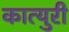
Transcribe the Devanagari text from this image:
कात्‍युरी